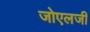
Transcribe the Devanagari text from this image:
जोएलजी